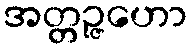
အတ္တဉ္ဇဟော